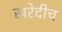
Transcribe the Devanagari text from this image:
खरेदीच